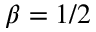
\beta = 1 / 2